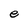
Character: e